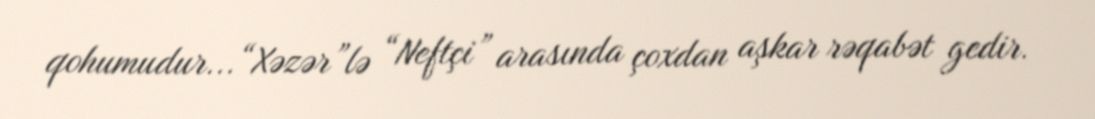
qohumudur...“Xəzər”lə “Neftçi” arasında çoxdan aşkar rəqabət gedir.